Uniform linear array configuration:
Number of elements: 16
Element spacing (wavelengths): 0.75
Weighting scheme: kaiser
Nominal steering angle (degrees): -30
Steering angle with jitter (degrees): -31.175
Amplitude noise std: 0.05
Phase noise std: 0.05

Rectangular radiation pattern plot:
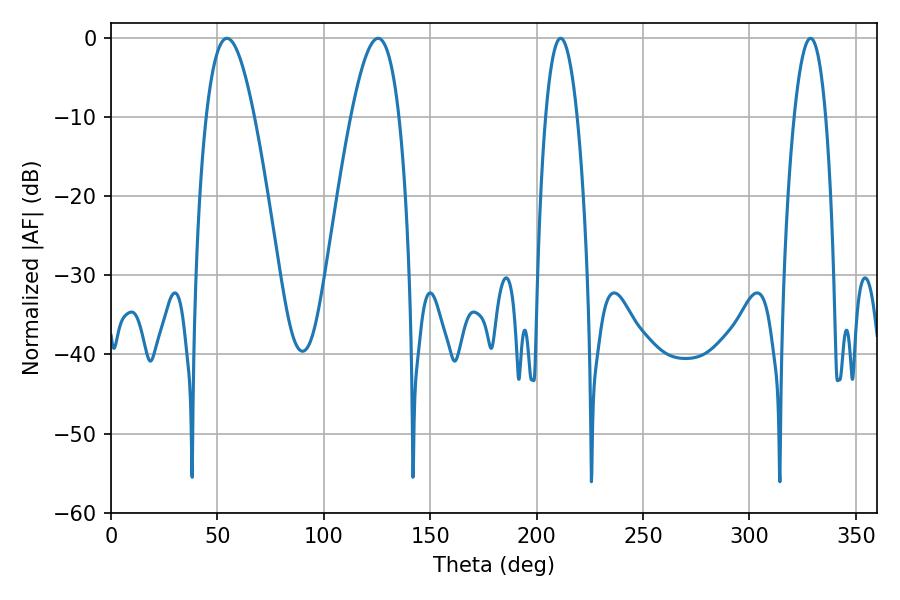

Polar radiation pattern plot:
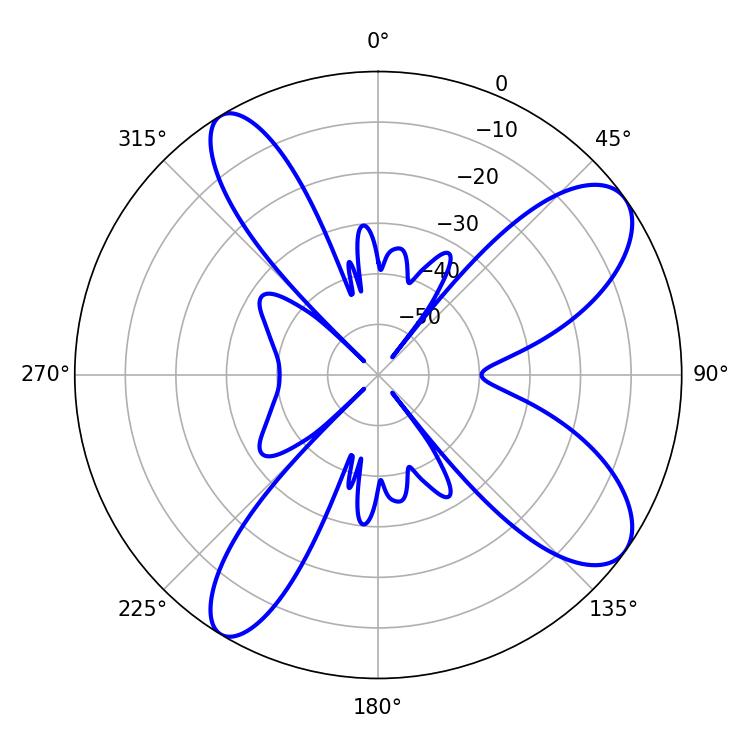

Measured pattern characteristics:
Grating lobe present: TRUE
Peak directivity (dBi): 9.578
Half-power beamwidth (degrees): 8.1
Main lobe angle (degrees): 328.68